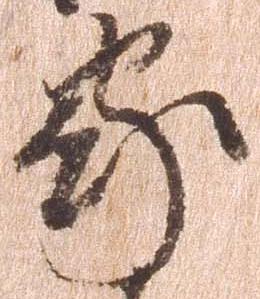
家